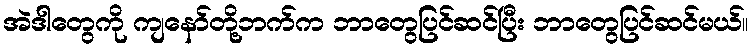
အဲဒါတွေကို ကျနော်တို့ဘက်က ဘာတွေပြင်ဆင်ပြီး ဘာတွေပြင်ဆင်မယ်။